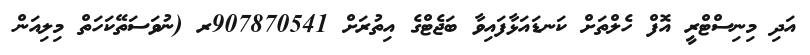
އަދި މިނިސްޓްރީ އޮފް ހެލްތަށް ކަނޑައަޅާފައިވާ ބަޖެޓްގެ އިތުރަށް 907870541ރ (ނުވަސަތޭކަހަތް މިލިއަން